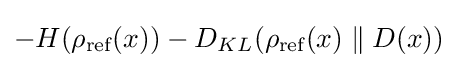
-H(\rho _{\text{ref}}(x))-D_{KL}(\rho _{\text{ref}}(x)\parallel D(x))